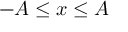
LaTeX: - A \leq x \leq A